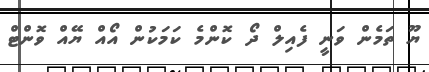
ޔޫ ތަމެން ވަނީ ފެއިލް ދޯ ކޮންމެ ކަމަކުން އޯއް ޔޭއް ވޮންޓް